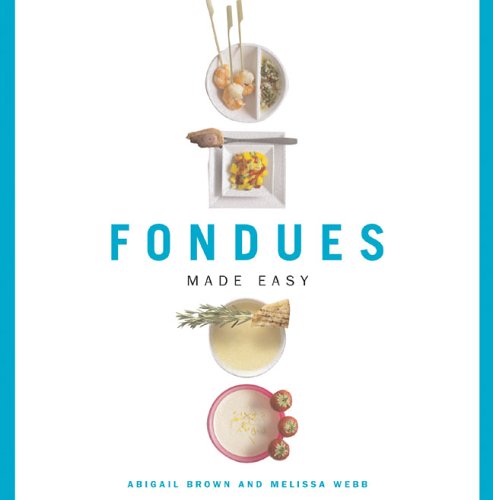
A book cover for Fondues Made Easy (Made Easy (New Holland)); Abigail Brown; Cookbooks, Food & Wine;